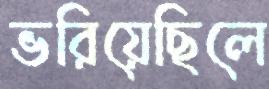
ভরিয়েছিলে